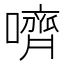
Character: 嚌